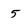
Character: 5